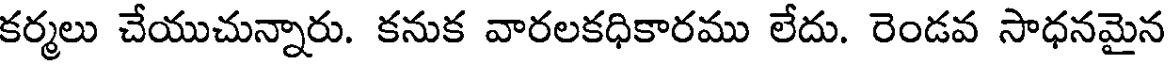
కర్మలు చేయుచున్నారు. కనుక వారలకధికారము లేదు. రెండవ సాధనమైన